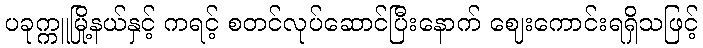
ပခုက္ကူမြို့နယ်နှင့် ကရင့် စတင်လုပ်ဆောင်ပြီးနောက် ဈေးကောင်းရရှိသဖြင့်